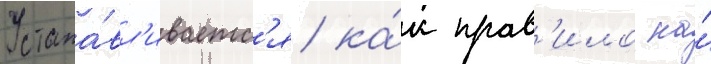
Устана́вл'иваетс'я ка́к прав'ило на́